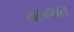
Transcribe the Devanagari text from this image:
वल्हवत